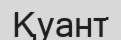
Қуант